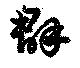
群